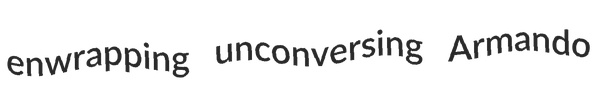
enwrapping unconversing Armando